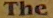
The